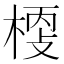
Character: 𣖀